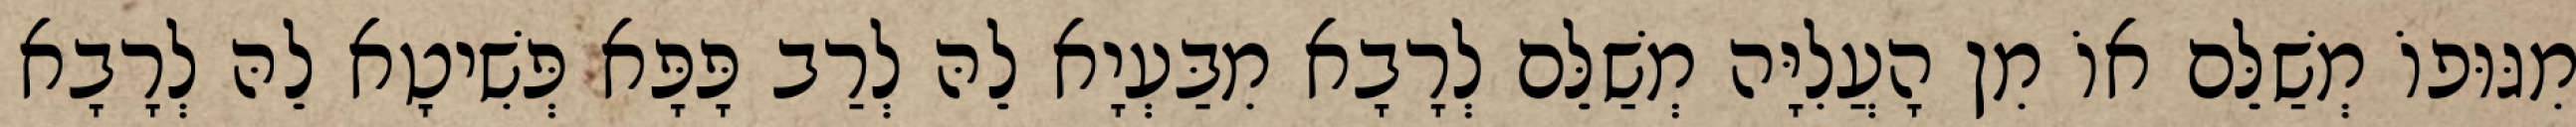
מִגּוּפוֹ מְשַׁלֵּם אוֹ מִן הָעֲלִיָּה מְשַׁלֵּם לְרָבָא מִבַּעְיָא לֵהּ לְרַב פָּפָּא פְּשִׁיטָא לֵהּ לְרָבָא